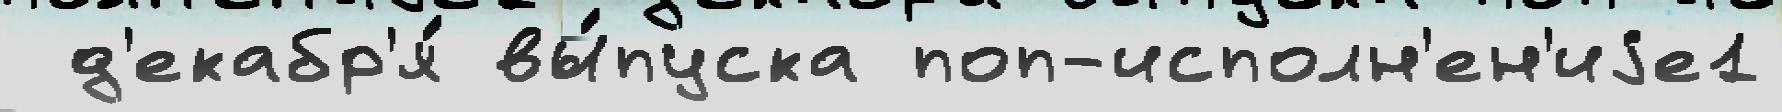
 д'екабр'я́ вы́пуска поп-исполн'ен'иjе1